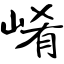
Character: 崤